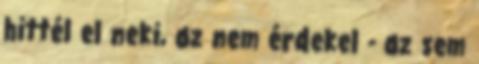
hittél el neki, az nem érdekel - az sem